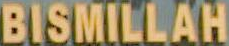
BISMILLAH